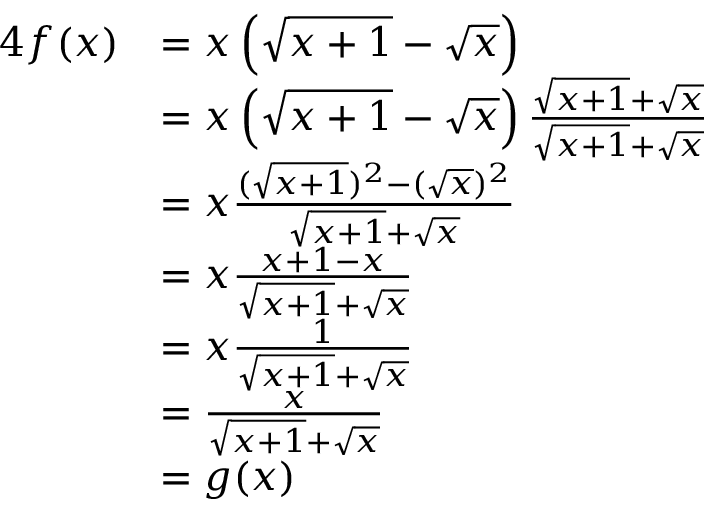
{ \begin{array} { r l } { { 4 } f ( x ) } & { = x \left( { \sqrt { x + 1 } } - { \sqrt { x } } \right) } \\ & { = x \left( { \sqrt { x + 1 } } - { \sqrt { x } } \right) { \frac { { \sqrt { x + 1 } } + { \sqrt { x } } } { { \sqrt { x + 1 } } + { \sqrt { x } } } } } \\ & { = x { \frac { ( { \sqrt { x + 1 } } ) ^ { 2 } - ( { \sqrt { x } } ) ^ { 2 } } { { \sqrt { x + 1 } } + { \sqrt { x } } } } } \\ & { = x { \frac { x + 1 - x } { { \sqrt { x + 1 } } + { \sqrt { x } } } } } \\ & { = x { \frac { 1 } { { \sqrt { x + 1 } } + { \sqrt { x } } } } } \\ & { = { \frac { x } { { \sqrt { x + 1 } } + { \sqrt { x } } } } } \\ & { = g ( x ) } \end{array} }